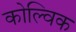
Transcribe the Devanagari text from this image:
कोल्विक